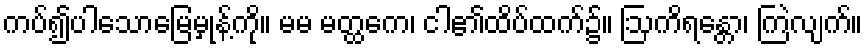
ကပ်၍ပါသောမြေမှုန့်ကို။ မမ မတ္ထကေ၊ ငါ၏ထိပ်ထက်၌။ ဩကိရန္တော၊ ကြဲလျက်။